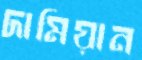
দামিয়ান